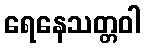
ရေနေသတ္တဝါ